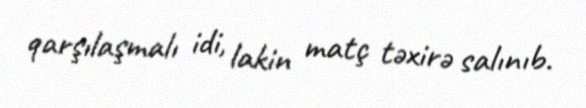
qarşılaşmalı idi, lakin matç təxirə salınıb.